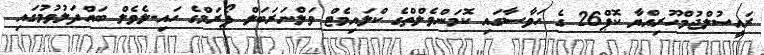
ރައީސުލްޖުމްހޫރިއްޔާ ކޮޕް26 ގެ ހަވާސާގައި ކޮމަންވެލްތްގެ ކްލައިމެޓް ވަލްނަރަބަލް ފޯރަމްގެ ހައި-ލެވެލް ބައްދަލުވުމުގައި